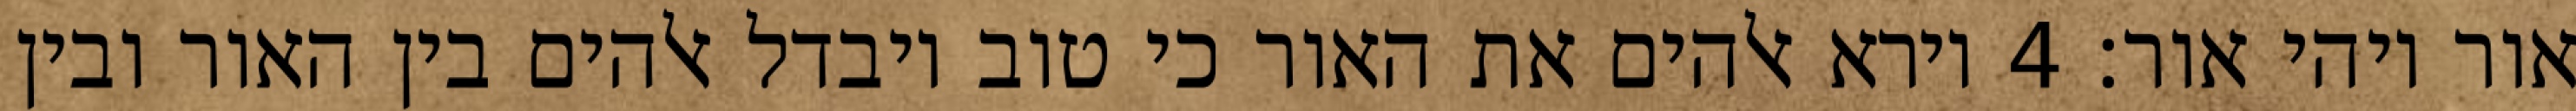
אור ויהי אור׃ ‎4‏ וירא אלהים את האור כי טוב ויבדל אלהים בין האור ובין